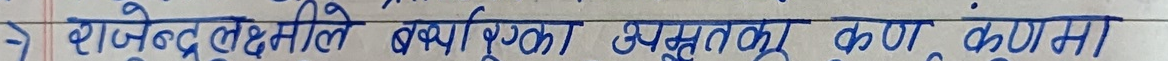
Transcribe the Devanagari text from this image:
राजेन्द्र लक्ष्मीले बर्षिएका अमृतकण संगमा